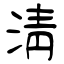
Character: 淸